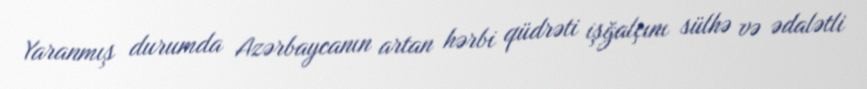
Yaranmış durumda Azərbaycanın artan hərbi qüdrəti işğalçını sülhə və ədalətli